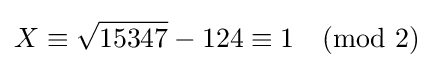
X\equiv {\sqrt {15347}}-124\equiv 1{\pmod {2}}